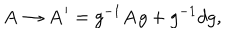
{ \bf A \rightarrow A } ^ { \prime } = g ^ { - 1 } { \bf A } g + g ^ { - 1 } d g ,